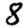
Digit: 8